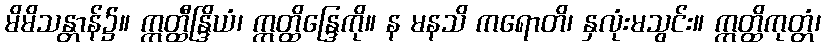
မိမိသန္တာန်၌။ ဣတ္ထီန္ဒြိယံ၊ ဣတ္ထိန္ဒြေကို။ န မနသိ ကရောတိ၊ နှလုံးမသွင်း။ ဣတ္ထိကုတ္တံ၊